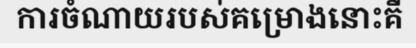
ការចំណាយរបស់គម្រោងនោះគឺ